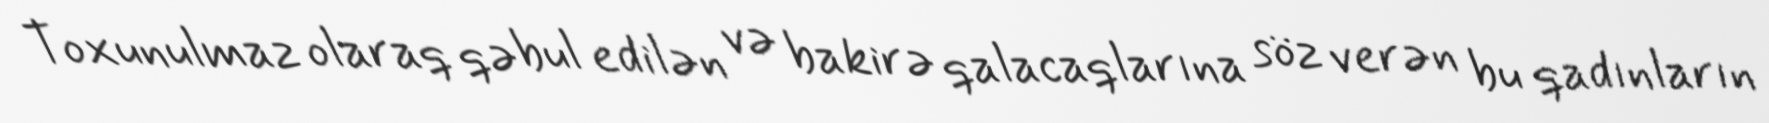
Toxunulmaz olaraq qəbul edilən və bakirə qalacaqlarına söz verən bu qadınların